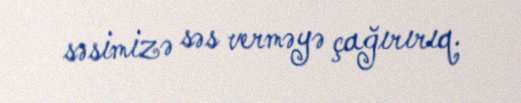
səsimizə səs verməyə çağırırıq.